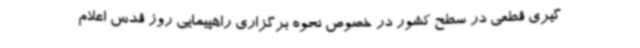
گیری قطعی در سطح کشور در خصوص نحوه برگزاری راهپیمایی روز قدس اعلام